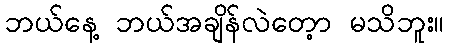
ဘယ်နေ့ ဘယ်အချိန်လဲတေ့ာ မသိဘူး။